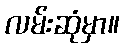
လမ်းဆုံမှာ။